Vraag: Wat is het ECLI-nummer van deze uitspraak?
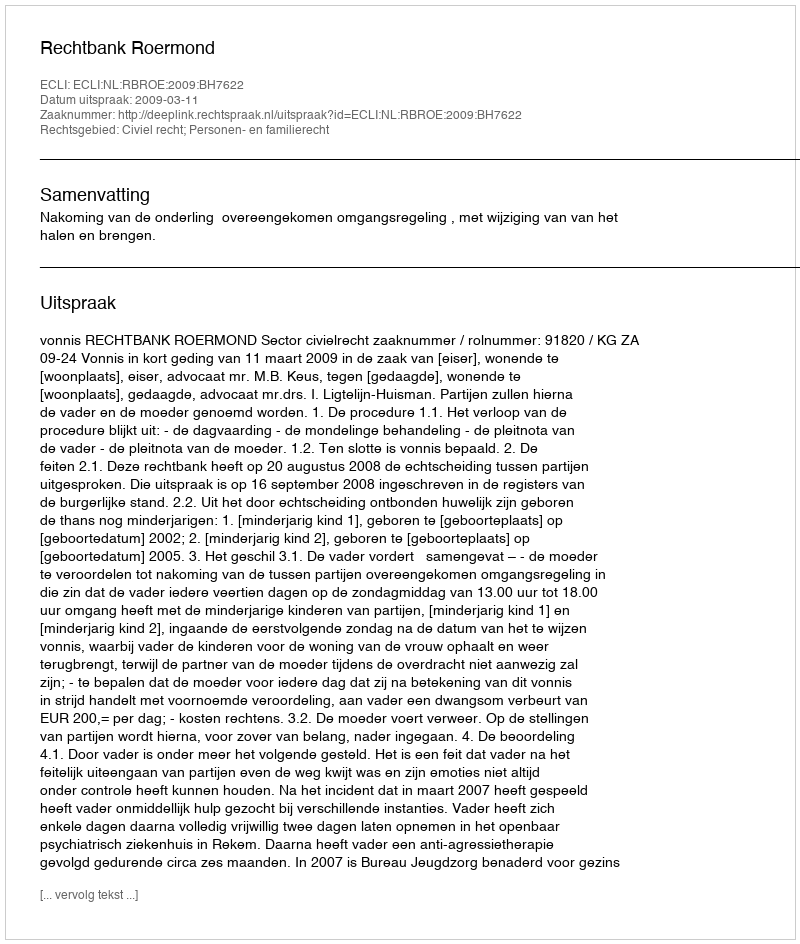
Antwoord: ECLI:NL:RBROE:2009:BH7622